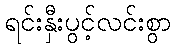
ရင်းနှီးပွင့်လင်းစွာ